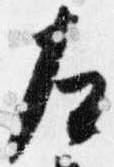
左